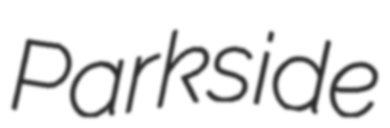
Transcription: Parkside